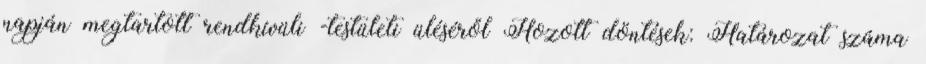
napján megtartott rendkívüli -testületi üléséről Hozott döntések: Határozat száma